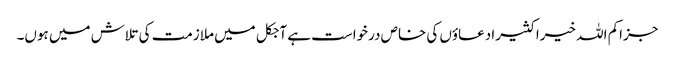
جزاکم اللہ خیرا کثیرا دعاؤں کی خاص درخواست ہے آجکل میں ملازمت کی تلاش میں ہوں۔